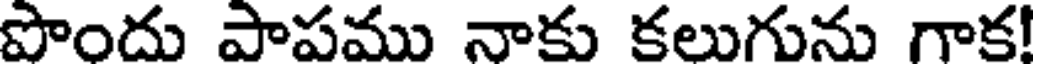
పొందు పాపము నాకు కలుగును గాక!